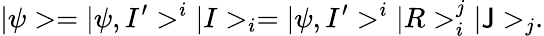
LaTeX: |\psi>=|\psi,I^{\prime}>^{i}|I>_{i}=|\psi,I^{\prime}>^{i}|R>_{i}^{j}|\mathsf{J}>_{j}.